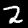
Label: 2